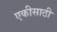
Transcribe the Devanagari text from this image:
एकीसाठी